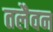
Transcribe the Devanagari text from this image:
तलैवन